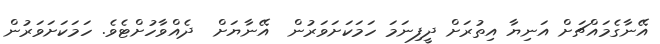
އޭނާގެމައްޗަށް އަނިޔާ އިތުރަށް ދީފިނަމަ ހަމަކަށަވަރުން  އޭނާޔަށް  ދެއްވާހުށްޓެވެ. ހަމަކަށަވަރުން